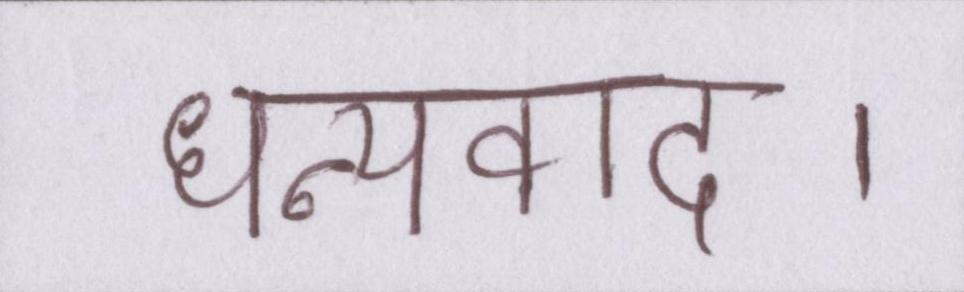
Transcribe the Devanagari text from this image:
धन्यवाद।